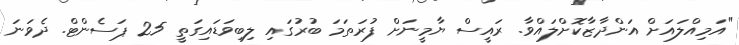
"އަމިއްލައަށް އަންދާޒާކޮށްލައްވާ. ރައީސް ޔާމީނަށް ފުރަތަމަ ބުރުގައި ލިބިވަޑައިގަތީ 25 ޕަސެންޓް. ދެވަނަ